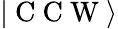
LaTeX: \vert\mathrm{~C~C~W~}\rangle